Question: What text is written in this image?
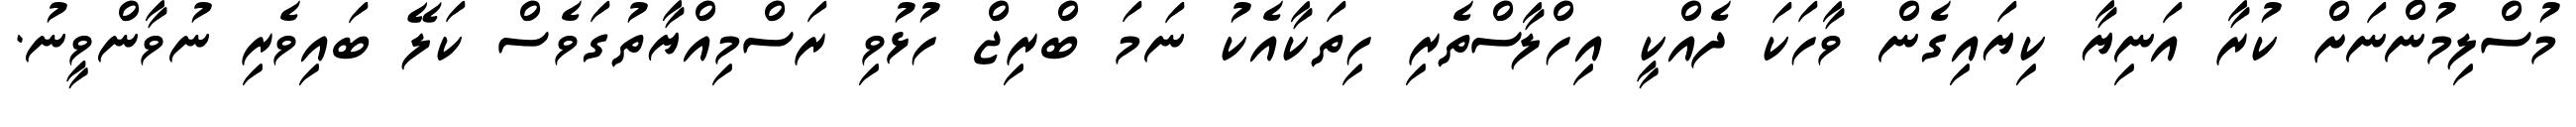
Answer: މުސްލިމުންނަށް ކުރާ އަނިޔާ ކިޔައިގެން ވާހަކަ ދެއްކީ އިހްލާސްތެރި ހިތަކާއެކު ނަމަ ބްރިޖް ހުޅުވި ރަސްމިއްޔާތުގަވެސް ކަލޭ ބައިވެރި ނުވާންވީނު.